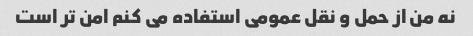
نه من از حمل و نقل عمومی استفاده می کنم امن تر است